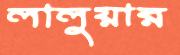
লালুয়ার